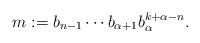
LaTeX: \begin{align*}m := b_{n-1} \cdots b_{\alpha+1} b_\alpha^{k+\alpha-n}.\end{align*}